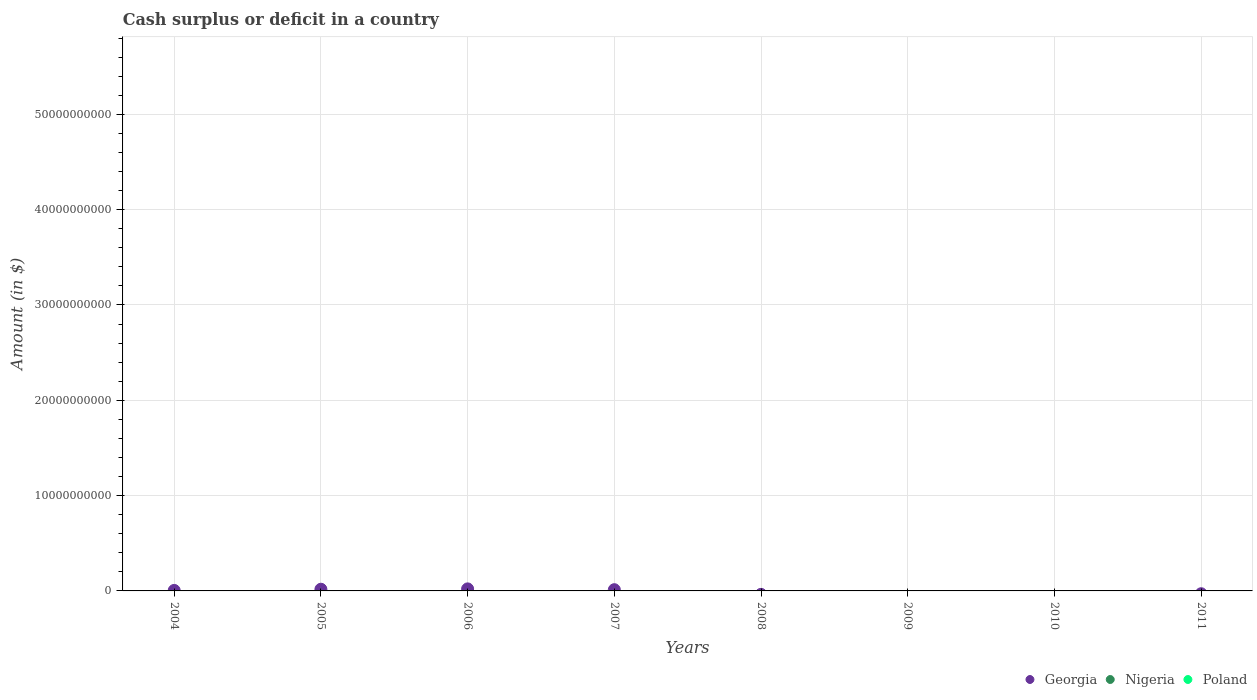
| Years | Georgia | Nigeria | Poland |
 | --- | --- | --- | --- |
 | 2004 | 5.26e+07 | -1.73e+11 | -5.08e+10 |
 | 2005 | 1.77e+08 | -1.62e+11 | -3.97e+10 |
 | 2006 | 2.14e+08 | -1.01e+11 | -3.62e+10 |
 | 2007 | 1.3e+08 | -1.17e+11 | -2.21e+10 |
 | 2008 | -3.62e+08 | -4.74e+10 | -4.72e+10 |
 | 2009 | -1.4e+09 | -8.1e+11 | -8.25e+10 |
 | 2010 | -9.19e+08 | -1.11e+12 | -9.6e+10 |
 | 2011 | -2.94e+08 | -1.16e+12 | -6.54e+10 |